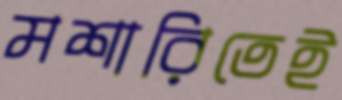
মশারিতেই